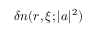
\delta n ( r , \xi ; | a | ^ { 2 } )